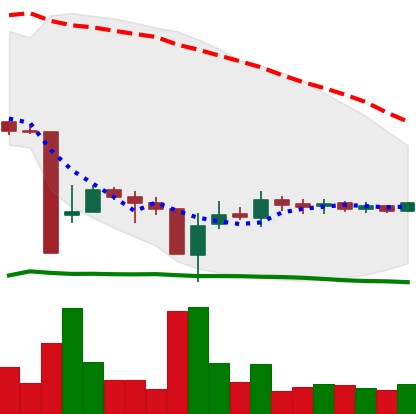
Ticker: BTC-USD
Chart end date: 2015-09-04
Forward return: 3.417%
Label: up_3_5